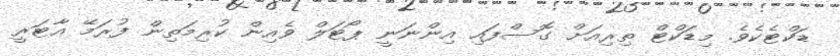
ޑަކްޓެކެވެ. މިޑަކްޓް ތިރިއަށް ގޮސްފައި އިންނަނީ ޕޯޓަލް ވެއިން ކުރިމަތިން ފުރަމޭ އާޓަރީ